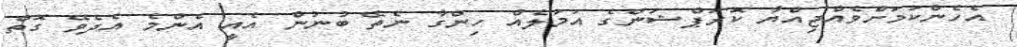
އެހެންކަމަށްވެއްޖިއްޔާ ކޮރަޕްޝަންގެ އަމަލެއް ހިންގާ ނެތޭ ބުނުން އެއީ އެންމެ އެދެވޭ ގޮތް